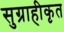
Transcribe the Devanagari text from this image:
सुग्राहीकृत